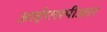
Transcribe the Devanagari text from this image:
आईएसपीआर